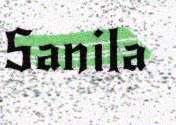
Sanila